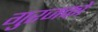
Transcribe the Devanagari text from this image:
गुरजकों